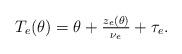
LaTeX: \begin{align*}T_e(\theta)=\mbox{$\theta+\frac{z_e(\theta)}{\nu_e}+\tau_e$.}\end{align*}